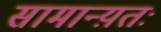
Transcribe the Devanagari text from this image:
सामान्य़तः